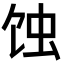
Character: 蚀